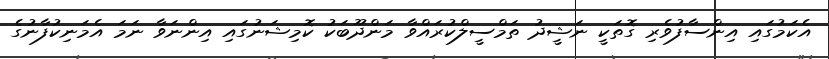
އެކަމުގައި އިންސާފުވެރި ގޮތަކީ ނަޝީދު ތަމްސީލްކުރައްވާ މަންދޫބަކު ކޮމިޝަނުގައި އިންނަވާ ނަމަ އެމަނިކުފާނުގެ